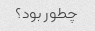
چطور بود؟